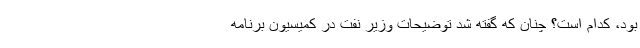
بود، کدام است؟ چنان که گفته شد توضیحات وزیر نفت در کمیسیون برنامه